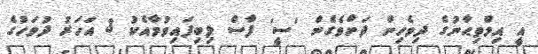
އީ އިމްތިޙާނުގެ ދިވެހިން ދަށްވެގެން 'ސީ' ފާސް ލިބިފައިވުމާއެކު 3 އަހަރު ދުވަހުގެ